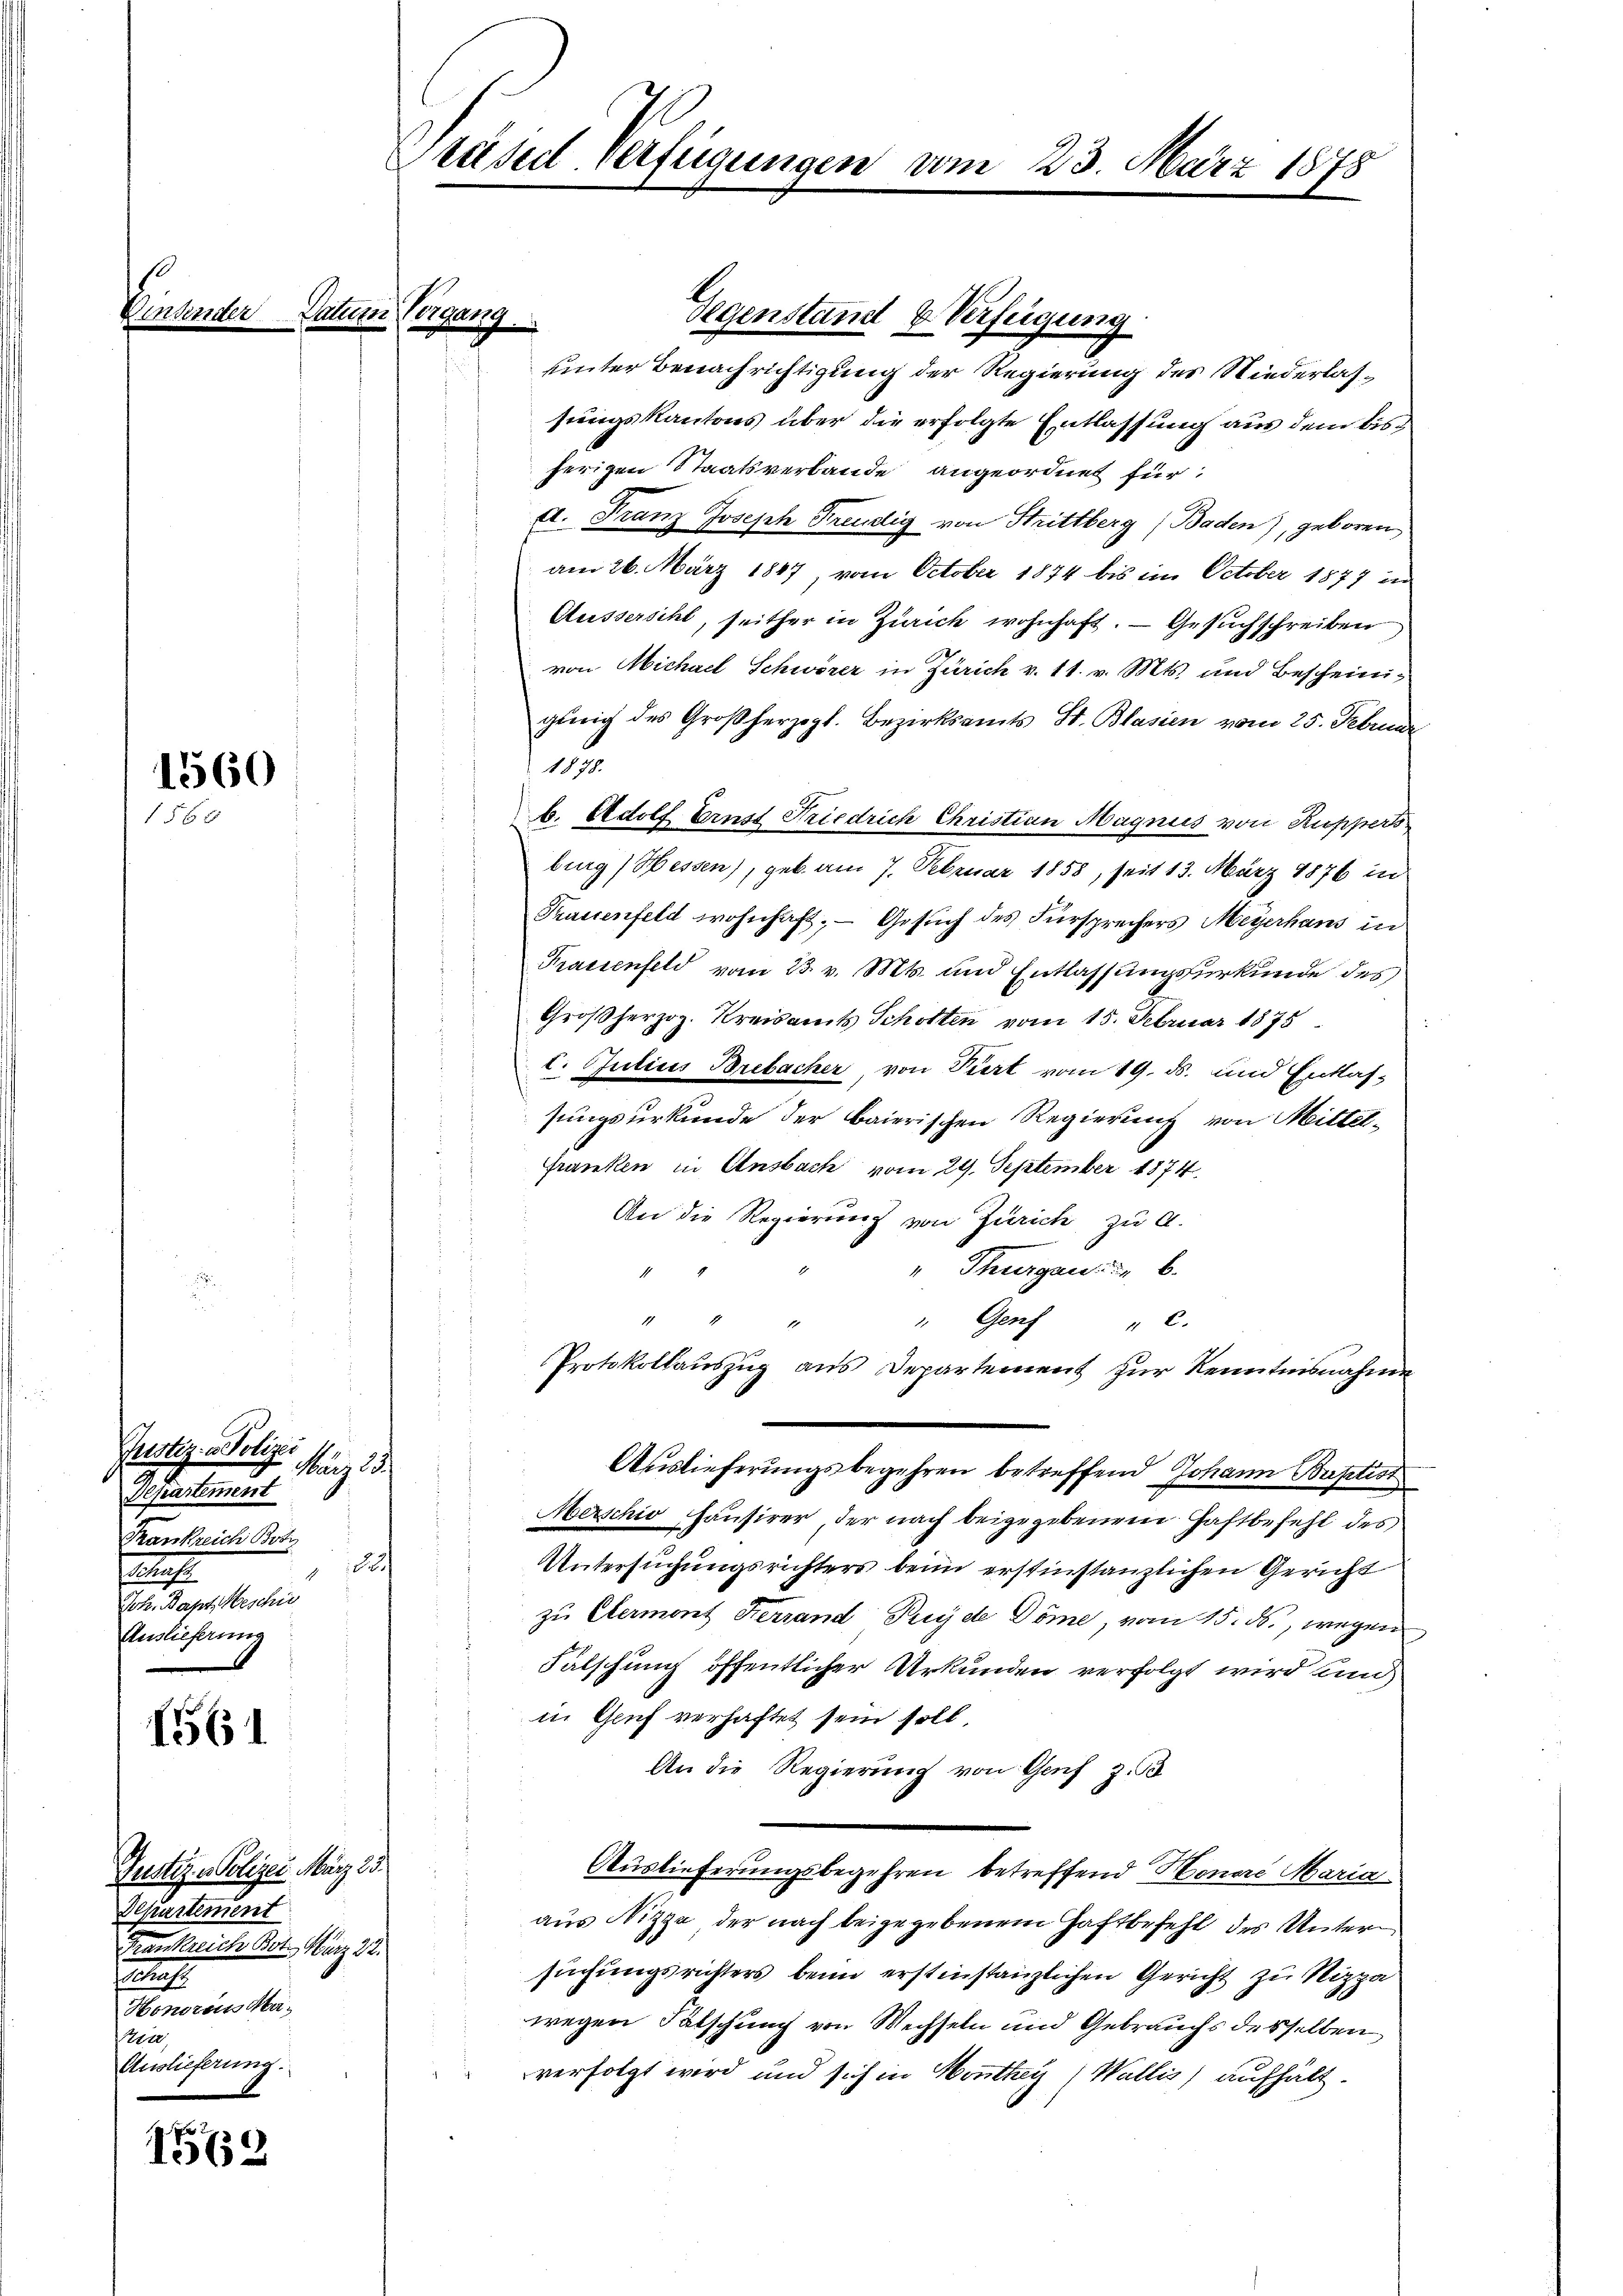
1560
156

Justiz- & Polizei
Juz 22.
Departement
Trankreich Bobr
¬
.
Joh. Bapt. Beschie
Auslieferung

1561

1569

Justiz - Polizei März 23.
Departement
Frankreich Bot. März 22.

Honoraus Maer
Auslieferung.

Prasil Verfügungen vom

Datum Vergang

Gegenstand & Verfeigung
uinter Benachrichtigung der Regierung des Niederlassungskantons aber die erfolgte Entlassung aus den bisherigen Staatsverbande angeordnet für
d. Franz Joseph Freilig von Strittberg (Baden), geboren
am 26. März 1847, vom October 1874 bis im October 1877 in
Ausserscht, seither in Zürich wohnhaft. — Gesuchschreiben
von Michael Schwörer in Zürich v. 11. v. Mts. und Bescheiniging des Großherzogl. Bezirksamts St. Blasien vom 25. Februar
1878.
b. Adolf Ernst Friedrich Christian Magnies von Ruppers
burg (Hessen), geb. am 7. Februar 1858, seit 13. März 1876 in
Trauenfeld wohnhaft; — Gesuch des Fürsprechers Meyerhans in
Prassenfeld vom 23. v. Mts. und Entlassungsurkunde des
Großherzog. Kreisamts Schotten vom 15. Februar 1875
C. Inticis Brebacher von Pirt vom 19. ds. und Entlas-
sungsurkunde der baierischen Regierung von Mittel¬
Franken in Ansbach vom 29. September 1874.
An die Regierung von Zürich zu A.
" Thurgau b
8
12
" Genf
" c.
Protokollauszug aus Departement zur Kenntnisnahme
Auslieferungsbegehren betreffend Johann Baptist
Merschio Hausirer, der nach beigegebenem Haftbefehl des
Untersuchungsrichters beim erstinstanzlichen Gericht
zu Clermont Herrand Puyde Dome vom 15. ds., wegen
Falschung öffentlicher Urkunden verfolgt wird unn
in Gruf verhaftet sein soll.
An die Regierung von Genf z. B
Auslieferungsbegehren betreffend Honare Maria
aus Nizze der nach beigegebenem Haftbefehl des Untersuchungsrichters beim erstinstanzlichen Gericht zu Nizza
wegen Falschung von Wechseln und Gebrauchs desselben
verfolgt wird und sich in Honthey (Wallis) aufhält.

23. März 1878